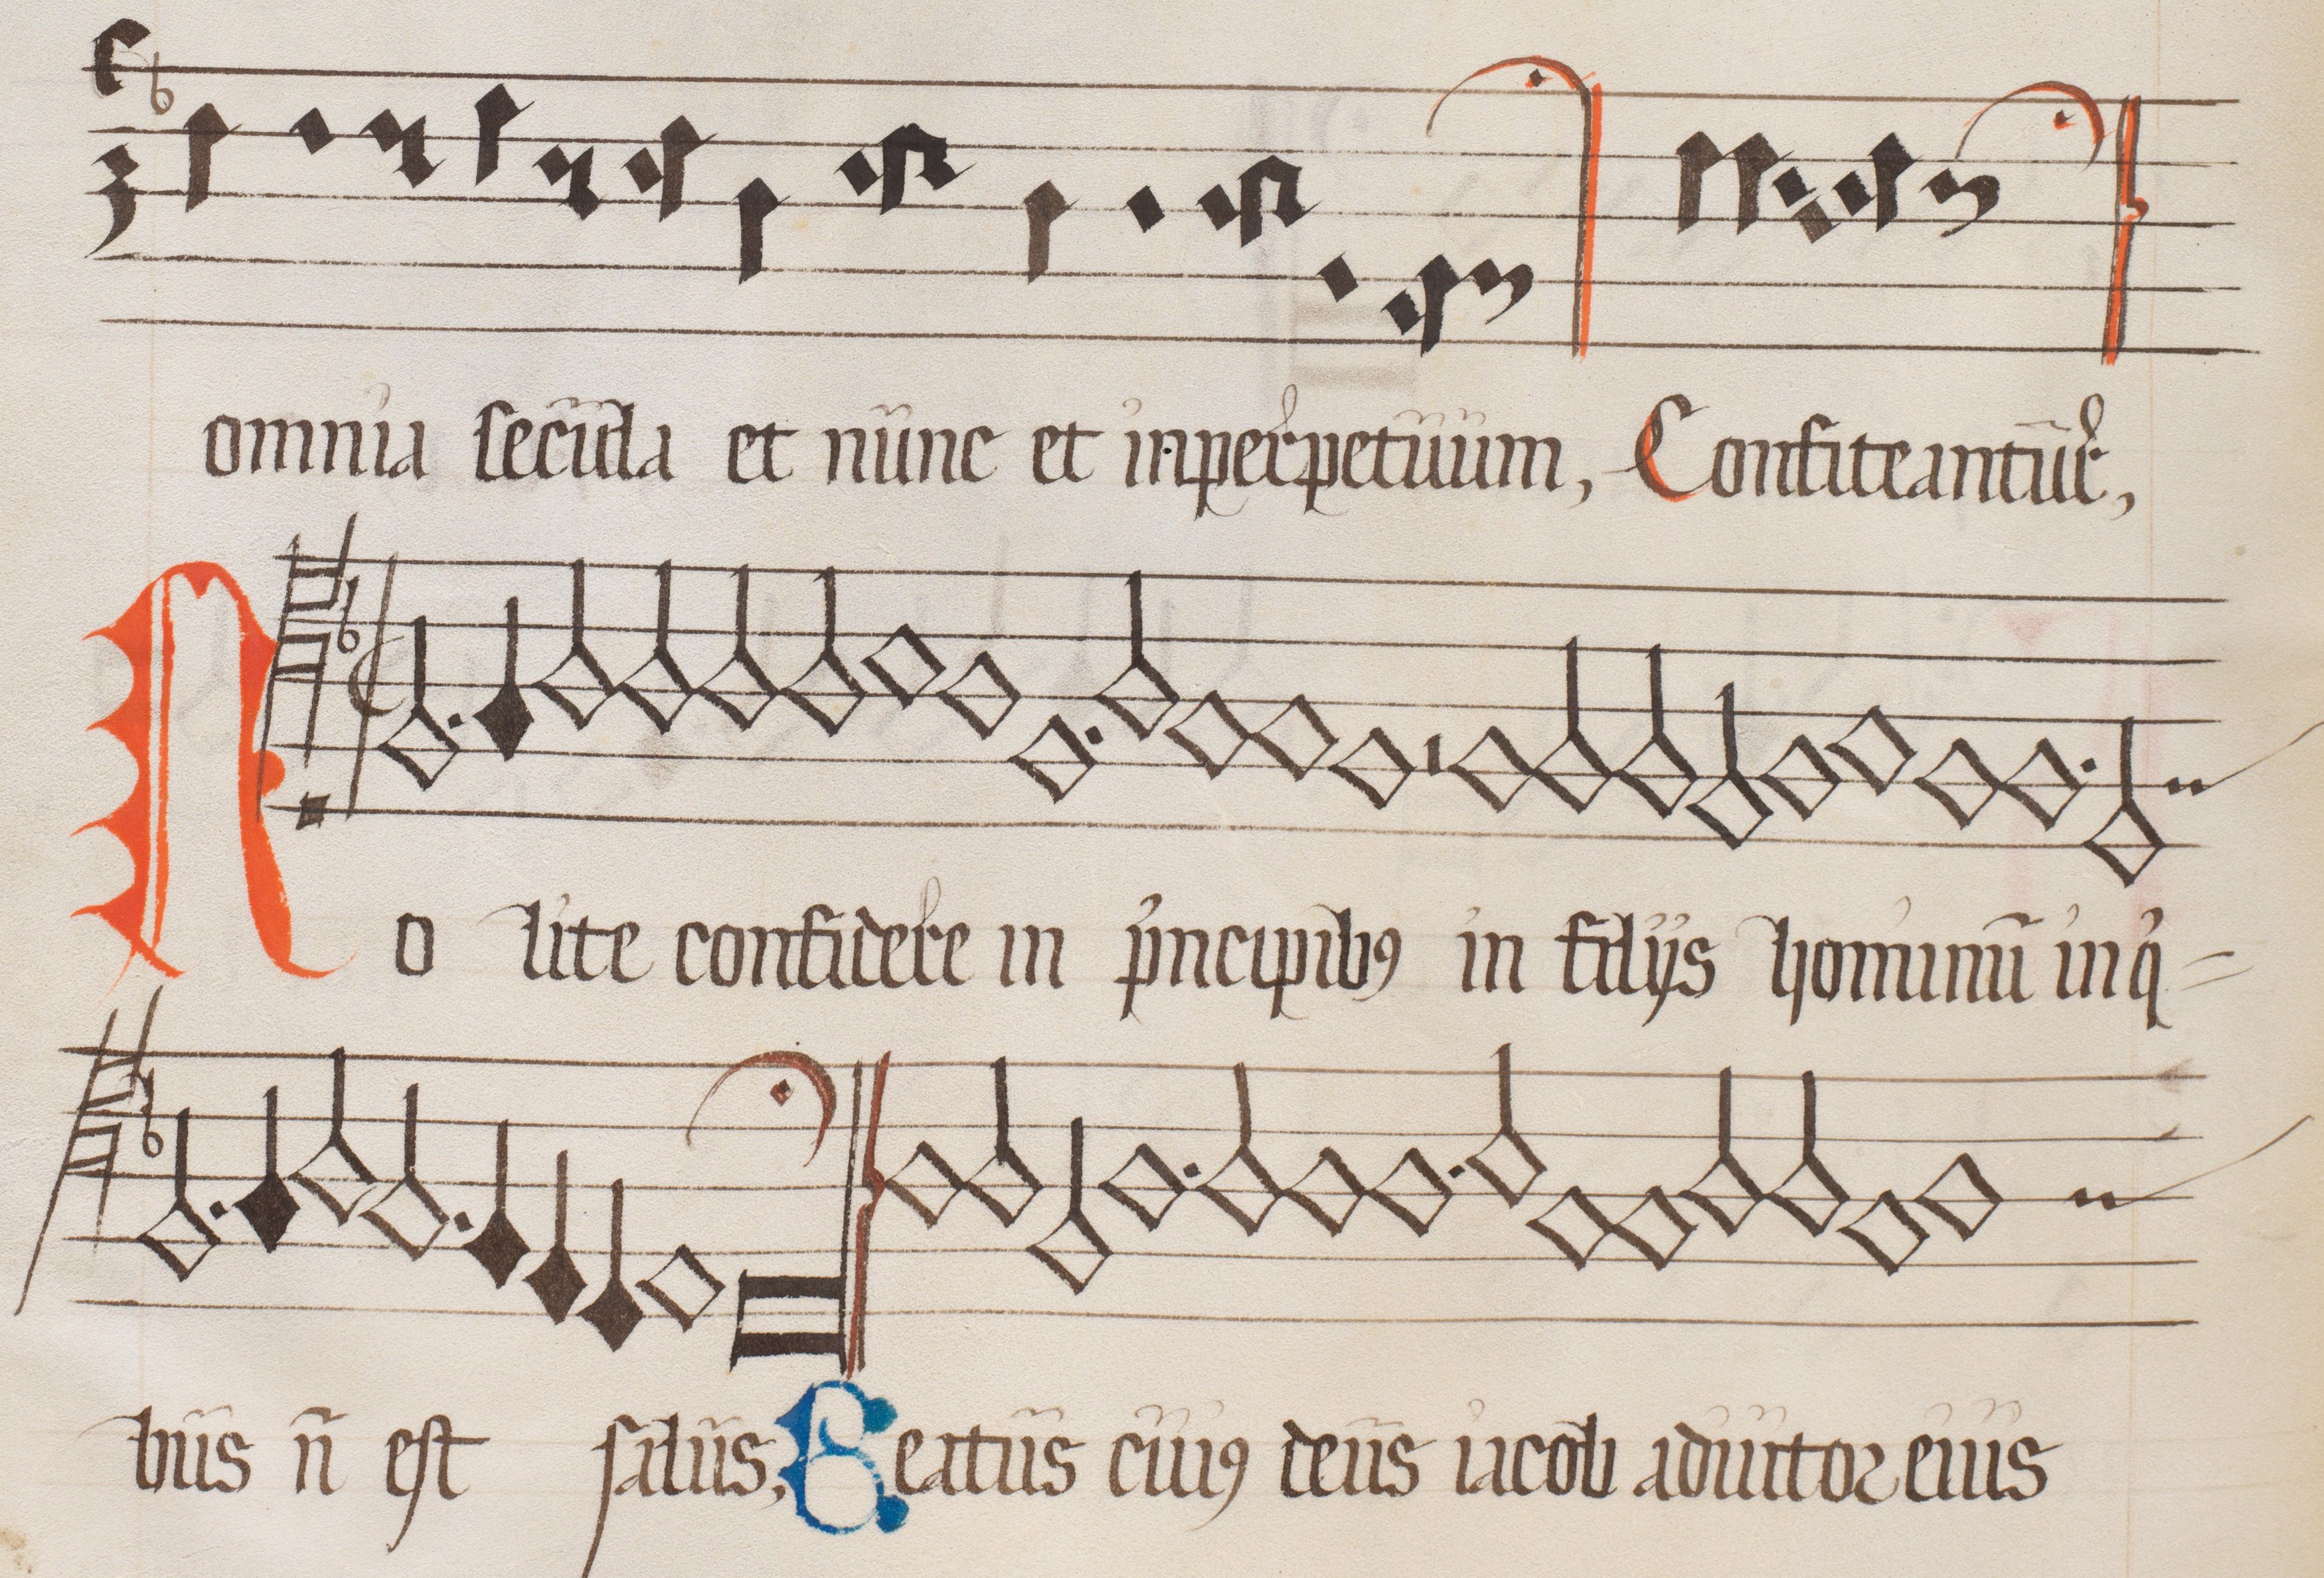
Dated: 1562–1564